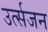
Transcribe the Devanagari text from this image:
उर्त्सजन